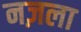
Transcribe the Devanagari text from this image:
नज़ला